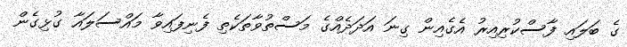
ގެ ބަލައި ފާސްކުރިއިރު އެގެއިން ގިނަ އަދަދެއްގެ މަސްތުވާތަކެތި ފެނިފައިވާ މައްސަލައާ ގުޅިގެން